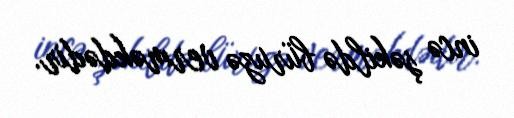
incə şəkildə büruzə verməkdədir.